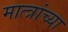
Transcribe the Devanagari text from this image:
मात्त्रांच्या